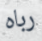
رباه